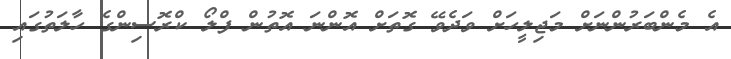
އެ މެންބަރުންނަށް މަޖިލީހަށް ވަދެވޭ ގޮތަށް އޮންނަ އޮތުން ފްލޯ ކްރޮސިންގެ ހާލަތުގައި